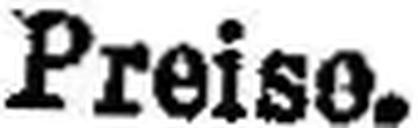
Preise.